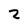
Character: 2